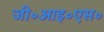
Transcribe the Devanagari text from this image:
जी॰आइ॰एस॰